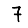
Digit: 7